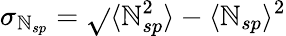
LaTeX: \sigma_{\mathbb{N}_{sp}}=\sqrt{}{{\langle\mathbb{N}_{sp}^{2}\rangle-\langle\mathbb{N}_{sp}\rangle^{2}}}